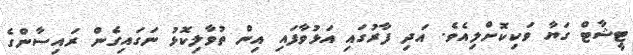
ޓީޝާޓް ގަޔާ ވަކިކޮށްލިއެވެ. އަދި ފާރުގައި އަޅުވާފައި އިން ތުވާލިކޮޅު ނަގައިގެން ރައިސާންގެ